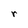
Character: r